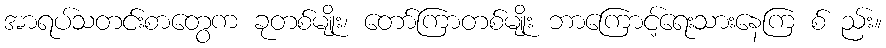
အာရပ်သတင်းစာတွေက ခုတစ်မျိုး၊ တော်ကြာတစ်မျိုး ဘာကြောင့်ရေးသားနေကြ စ် ည်း။